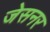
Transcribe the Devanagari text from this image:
जेसनर